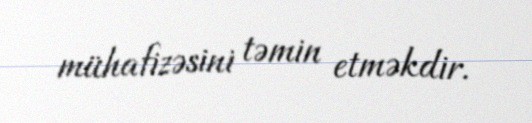
mühafizəsini təmin etməkdir.